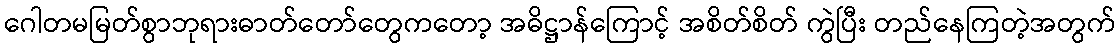
ဂေါတမမြတ်စွာဘုရားဓာတ်တော်တွေကတော့ အဓိဋ္ဌာန်ကြောင့် အစိတ်စိတ် ကွဲပြီး တည်နေကြတဲ့အတွက်